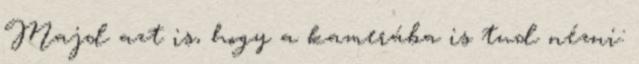
Majd azt is, hogy a kamerába is tud nézni: